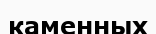
каменных